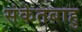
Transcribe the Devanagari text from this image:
संकेतबाहु